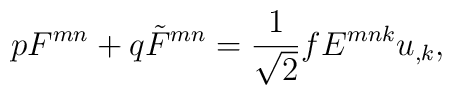
pF^{mn} + q\tilde F^{mn} = \frac {1}{\sqrt 2}fE^{mnk} u_{,k},